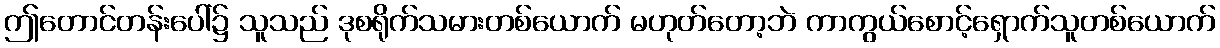
ဤတောင်တန်းပေါ်၌ သူသည် ဒုစရိုက်သမားတစ်ယောက် မဟုတ်တော့ဘဲ ကာကွယ်စောင့်ရှောက်သူတစ်ယောက်